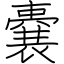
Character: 嚢